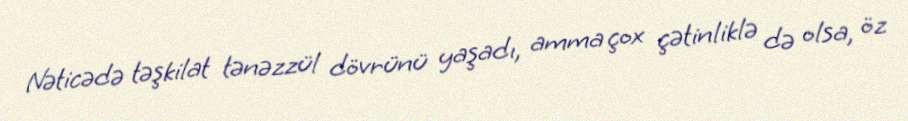
Nəticədə təşkilat tənəzzül dövrünü yaşadı, amma çox çətinliklə də olsa, öz